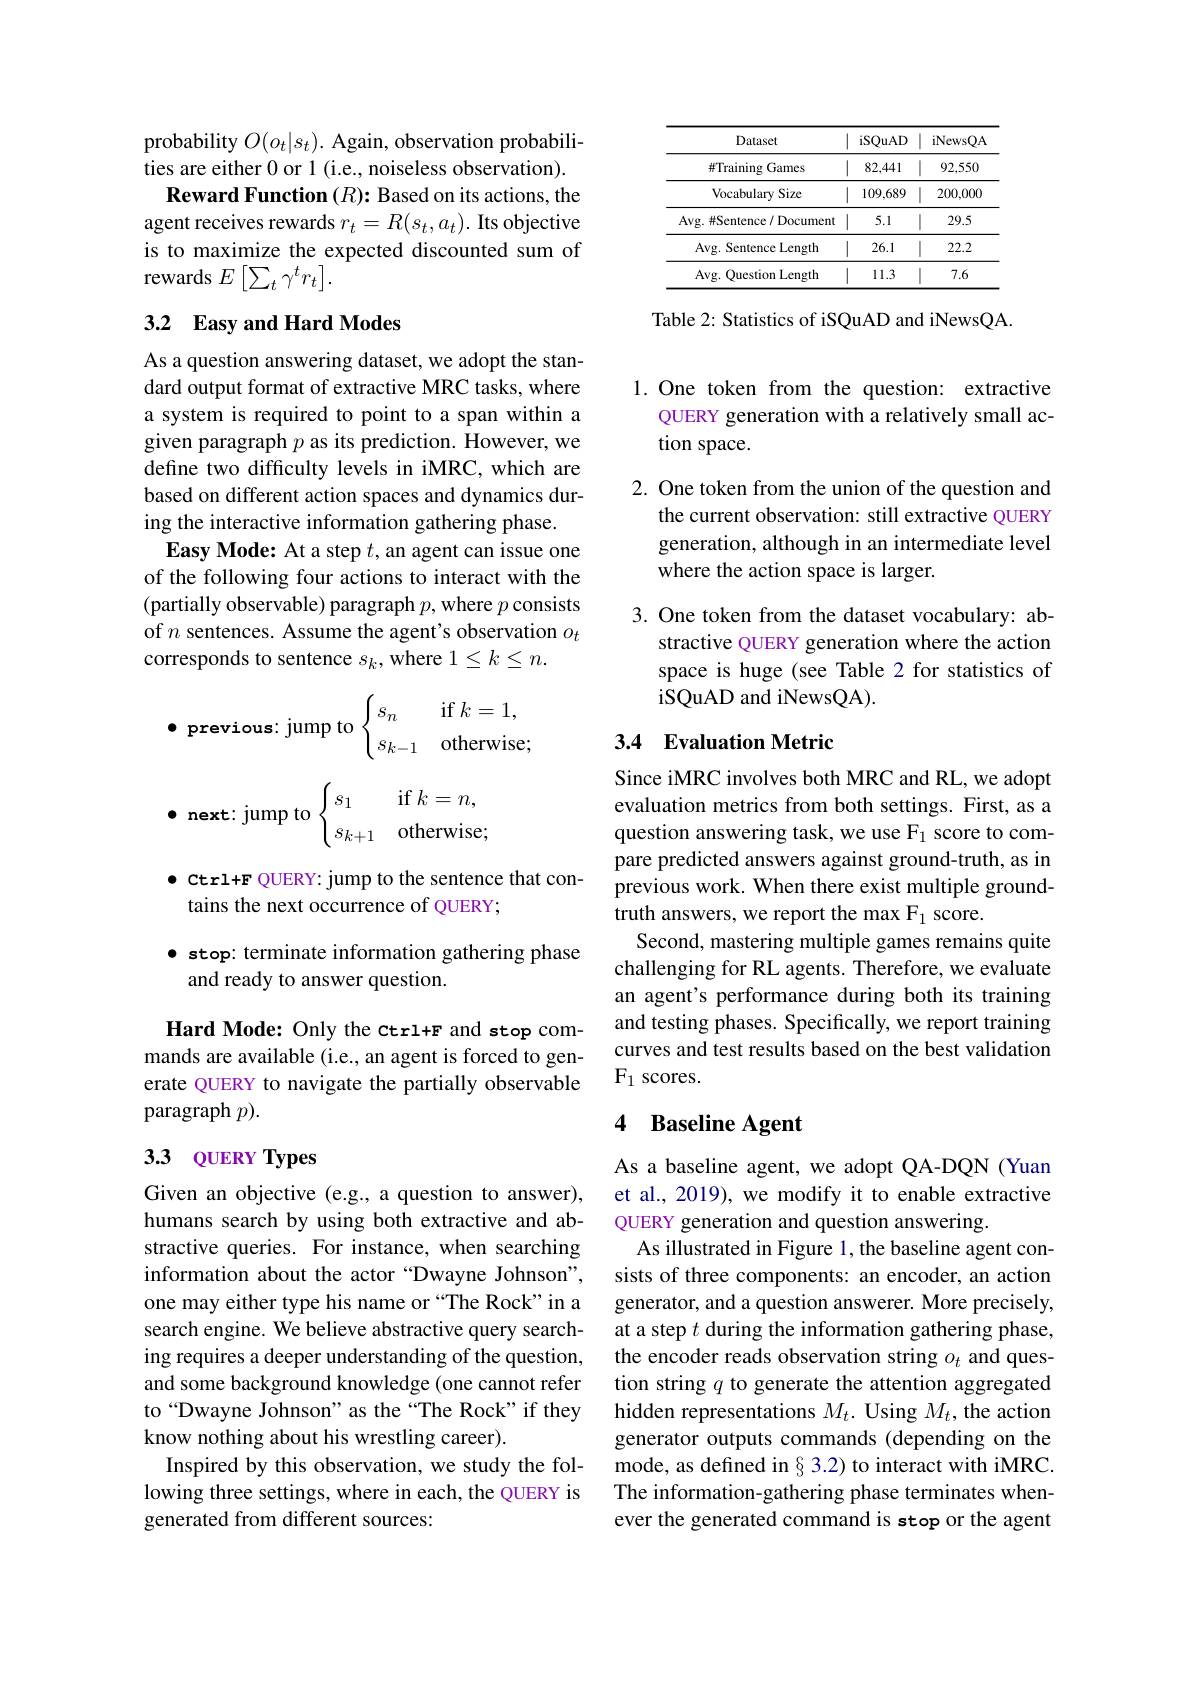
probability $O(o_{t}|s_{t}).$ Again, observation probabilities are either 0 or 1 (i.e., noiseless observation).
$\textbf{Reward Function }( R) {: }$Based on its actions, the agent receives rewards $r_t=R(s_t,a_t).$ Its objective is to maximize the expected discounted sum of rewards $E\left[\sum_t\gamma^tr_t\right].$

## 3.2 Easy and Hard Modes

As a question answering dataset, we adopt the standard output format of extractive MRC tasks, where a system is required to point to a span within a given paragraph $p$ as its prediction. However, we define two difficulty levels in iMRC, which are based on different action spaces and dynamics during the interactive information gathering phase.
Easy Mode: At a step $t$, an agent can issue one of the following four actions to interact with the (partially observable) paragraph $p$, where $p$ consists of $n$ sentences. Assume the agent's observation $o_t$ corresponds to sentence $s_k$,where 1$\leq k\leq n.$

$\bullet$ Ctrl+F QUERY: jump to the sentence that con-
tains the next occurrence of QUERY;

· stop: terminate information gathering phase
and ready to answer question.

Hard Mode: Only the ctrl+F and stop commands are available (i.e., an agent is forced to generate QUERY to navigate the partially observable paragraph $p).$

## 3.3 QUERY Types

Given an objective (e.g., a question to answer), humans search by using both extractive and abstractive queries. For instance, when searching information about the actor “Dwayne Johnson”, one may either type his name or “The Rock”in a search engine. We believe abstractive query searchand some background knowledge (one cannot refer to“Dwayne Johnson”as the“The Rock" if they know nothing about his wrestling career).
Inspired by this observation, we study the following three settings, where in each, the QUERY is generated from different sources:

<table>
	<tbody>
		<tr>
			<th>Dataset</th>
			<th>iSQuAD</th>
			<th>iNewsQA</th>
		</tr>
		<tr>
			<td>$\#$Training Games</td>
			<td>82,441</td>
			<td>92,550</td>
		</tr>
		<tr>
			<td>Vocabulary Size</td>
			<td>109,689</td>
			<td>200,000</td>
		</tr>
		<tr>
			<td>$\operatorname{Avg.}\#$Sentence/ Document</td>
			<td>$\left|\begin{array}{c}1&0\\0&0\end{array}\right|$ 5.1</td>
			<td>29.5</td>
		</tr>
		<tr>
			<td>Avg. Sentence Length</td>
			<td>11 26.1</td>
			<td>22.2</td>
		</tr>
		<tr>
			<td>Avg. Question Length</td>
			<td>11.3</td>
			<td>7.6</td>
		</tr>
	</tbody>
</table>

Table 2: Statistics of iSQuAD and iNewsQA.

1. One token from the question: extractive
QUERY generation with a relatively small ac-
tion space.

2. One token from the union of the question and
the current observation: still extractive QUERY generation, although in an intermediate level where the action space is larger.

3. One token from the dataset vocabulary: ab-
stractive QUERY generation where the action space is huge (see Table 2 for statistics of iSQuAD and iNewsQA).

## 3.4 Evaluation Metric

Since iMRC involves both MRC and RL, we adopt evaluation metrics from both settings. First, as a question answering task, we use F$_{1}$ score to compare predicted answers against ground-truth, as in previous work. When there exist multiple groundtruth answers, we report the max F$_1$ score.
Second, mastering multiple games remains quite challenging for RL agents. Therefore, we evaluate an agent's performance during both its training and testing phases. Specifically, we report training curves and test results based on the best validation $\mathrm{F}_{1}$ scores.

### 4 Baseline Agent

As a baseline agent, we adopt QA-DQN (Yuan et al., 2019), we modify it to enable extractive QUERY generation and question answering.
As illustrated in Figure 1, the baseline agent consists of three components: an encoder, an action generator, and a question answerer. More precisely, at a step $t$ during the information gathering phase,
ing requires a deeper understanding of the question, the encoder reads observation string $o_t$ and ques-
tion string $q$ to generate the attention aggregated hidden representations $M_t.$ Using $M_t$, the action generator outputs commands (depending on the mode, as defined in§3.2) to interact with iMRC. The information-gathering phase terminates whenever the generated command is stop or the agent